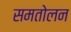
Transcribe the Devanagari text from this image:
समतोलन